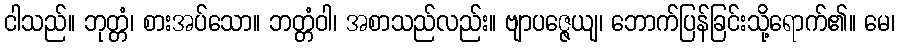
ငါသည်။ ဘုတ္တံ၊ စားအပ်သော။ ဘတ္တံဝါ၊ အစာသည်လည်း။ ဗျာပဇ္ဇေယျ၊ ဘောက်ပြန်ခြင်းသို့ရောက်၏။ မေ၊